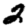
Digit: 2